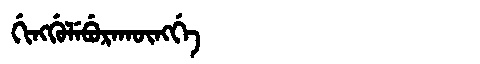
Manchu: ᡤᡳᠩᡤᡠᠯᡝᠪᡠᡵᠠᡴᡡᠩᡤᡝ
Romanization: GINGGULEBURAKŪNGGE